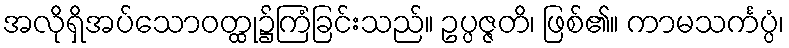
အလိုရှိအပ်သောဝတ္ထု၌ကြံခြင်းသည်။ ဥပ္ပဇ္ဇတိ၊ ဖြစ်၏။ ကာမသင်္ကပ္ပံ၊